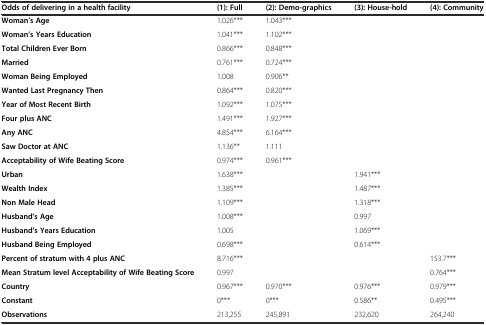
<table><thead><tr><td><b>Odds of delivering in a health facility</b></td><td><b>(1): Full</b></td><td><b>(2): Demo-graphics</b></td><td><b>(3): House-hold</b></td><td><b>(4): Community</b></td></tr></thead><tbody><tr><td><b>Woman’s Age</b></td><td>1.026***</td><td>1.043***</td><td></td><td></td></tr><tr><td><b>Woman’s Years Education</b></td><td>1.041***</td><td>1.102***</td><td></td><td></td></tr><tr><td><b>Total Children Ever Born</b></td><td>0.866***</td><td>0.848***</td><td></td><td></td></tr><tr><td><b>Married</b></td><td>0.761***</td><td>0.724***</td><td></td><td></td></tr><tr><td><b>Woman Being Employed</b></td><td>1.008</td><td>0.906**</td><td></td><td></td></tr><tr><td><b>Wanted Last Pregnancy Then</b></td><td>0.864***</td><td>0.820***</td><td></td><td></td></tr><tr><td><b>Year of Most Recent Birth</b></td><td>1.092***</td><td>1.075***</td><td></td><td></td></tr><tr><td><b>Four plus ANC</b></td><td>1.491***</td><td>1.927***</td><td></td><td></td></tr><tr><td><b>Any ANC</b></td><td>4.854***</td><td>6.164***</td><td></td><td></td></tr><tr><td><b>Saw Doctor at ANC</b></td><td>1.136**</td><td>1.111</td><td></td><td></td></tr><tr><td><b>Acceptability of Wife Beating Score</b></td><td>0.974***</td><td>0.961***</td><td></td><td></td></tr><tr><td><b>Urban</b></td><td>1.638***</td><td></td><td>1.941***</td><td></td></tr><tr><td><b>Wealth Index</b></td><td>1.385***</td><td></td><td>1.487***</td><td></td></tr><tr><td><b>Non Male Head</b></td><td>1.109***</td><td></td><td>1.318***</td><td></td></tr><tr><td><b>Husband’s Age</b></td><td>1.008***</td><td></td><td>0.997</td><td></td></tr><tr><td><b>Husband’s Years Education</b></td><td>1.005</td><td></td><td>1.069***</td><td></td></tr><tr><td><b>Husband Being Employed</b></td><td>0.698***</td><td></td><td>0.614***</td><td></td></tr><tr><td><b>Percent of stratum with 4 plus ANC</b></td><td>8.716***</td><td></td><td></td><td>153.7***</td></tr><tr><td><b>Mean Stratum level Acceptability of Wife Beating Score</b></td><td>0.997</td><td></td><td></td><td>0.764***</td></tr><tr><td><b>Country</b></td><td>0.967***</td><td>0.970***</td><td>0.976***</td><td>0.979***</td></tr><tr><td><b>Constant</b></td><td>0***</td><td>0***</td><td>0.586**</td><td>0.495***</td></tr><tr><td><b>Observations</b></td><td>213,255</td><td>245,891</td><td>232,620</td><td>264,240</td></tr></tbody></table>